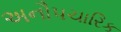
અનૌપચારિક